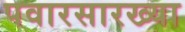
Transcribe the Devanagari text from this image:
पवारसारख्या